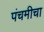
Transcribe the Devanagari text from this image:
पंचमीचा